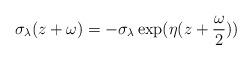
LaTeX: \begin{align*}\sigma_\lambda(z + \omega) = -\sigma_\lambda\exp(\eta(z + \frac{\omega}2))\end{align*}